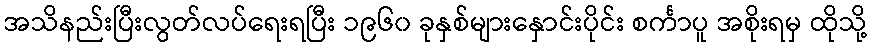
အသိနည်းပြီးလွတ်လပ်ရေးရပြီး ၁၉၆၀ ခုနှစ်များနှောင်းပိုင်း စင်္ကာပူ အစိုးရမှ ထိုသို့